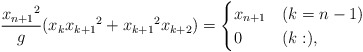
\begin{align*} \frac{{x_{n+1}}^2}{g} (x_{k}{x_{k+1}}^2+{x_{k+1}}^2x_{k+2})=\begin{cases}x_{n+1} & (k=n-1)\\0 & (k:),\end{cases}\end{align*}